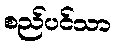
စည်ပင်သာ